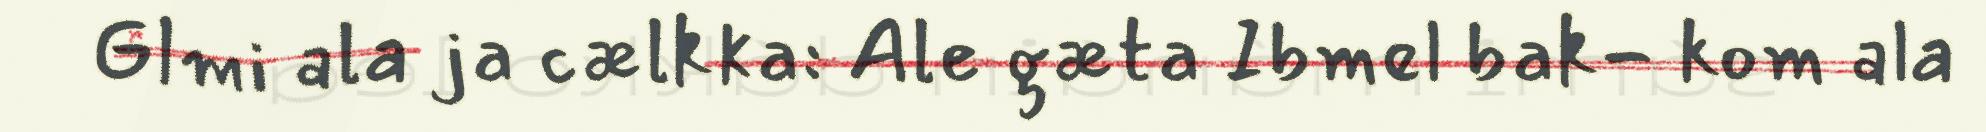
Glmi ala ja cælkka: Ale gæta Ibmel bak- kom ala